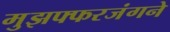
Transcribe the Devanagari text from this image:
मुझफ्फरजंगने